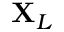
\mathbf { X } _ { L }